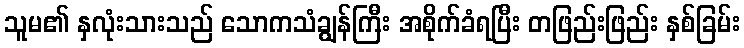
သူမ၏ နှလုံးသားသည် သောကသံချွန်ကြီး အစိုက်ခံရပြီး တဖြည်းဖြည်း နှစ်ခြမ်း